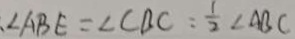
\angle A B E = \angle C B C = \frac { 1 } { 2 } \angle A B C